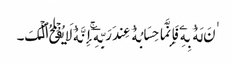
ٰنَ لَهُ ۥ بِهِۦ فَإِنَّمَا حِسَابُهُ ۥ عِندَ رَبِّهِۦۤ‌ۚ إِنَّهُ ۥ لَا یُفۡلِحُ ٱلۡکَ۔